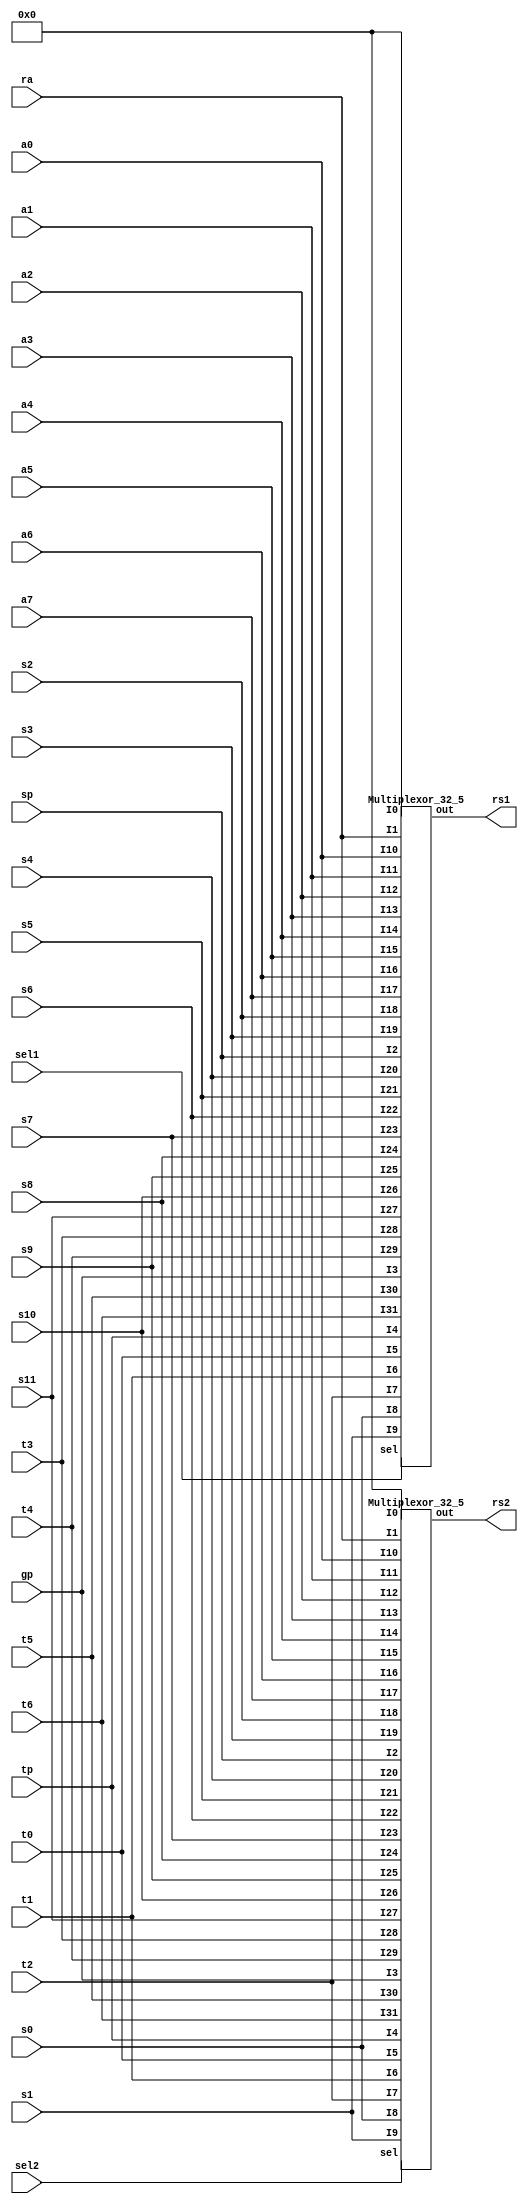
module RegisterRead(ra, sp, gp, tp, t0, t1, t2, s0, s1, a0, a1, a2, a3, a4, a5, a6, a7, s2, s3, s4, s5, s6, s7, s8, s9, s10, s11, t3, t4, t5, t6, sel1, sel2, rs1, rs2); 
  input [31:0] ra, sp, gp, tp, t0, t1, t2, s0, s1, a0, a1, a2, a3, a4, a5, a6, a7, s2, s3, s4, s5, s6, s7, s8, s9, s10, s11, t3, t4, t5, t6;
  input [4:0] sel1, sel2;
  output [31:0] rs1, rs2;
  wire [31:0] zero;
  assign zero = 32'b00000000000000000000000000000000;
  
  Multiplexor_32_5 m325_1(zero, ra, sp, gp, tp, t0, t1, t2, s0, s1, a0, a1, a2, a3, a4, a5, a6, a7, s2, s3, s4, s5, s6, s7, s8, s9, s10, s11, t3, t4, t5, t6, sel1, rs1);
  
  Multiplexor_32_5 m325_2(zero, ra, sp, gp, tp, t0, t1, t2, s0, s1, a0, a1, a2, a3, a4, a5, a6, a7, s2, s3, s4, s5, s6, s7, s8, s9, s10, s11, t3, t4, t5, t6, sel2, rs2);
endmodule

module Multiplexor_32_5(I0, I1, I2, I3, I4, I5, I6, I7, I8, I9, I10, I11, I12, I13, I14, I15, I16, I17, I18, I19, I20, I21, I22, I23, I24, I25, I26, I27, I28, I29, I30, I31, sel, out);
  
  input [31:0] I0, I1, I2, I3, I4, I5, I6, I7, I8, I9, I10, I11, I12, I13, I14, I15, I16, I17, I18, I19, I20, I21, I22, I23, I24, I25, I26, I27, I28, I29, I30, I31;
  input [4:0] sel;
  output [31:0] out;
  Multiplexor_1_5 m15_0(I0[0], I1[0], I2[0], I3[0], I4[0], I5[0], I6[0], I7[0], I8[0], I9[0], I10[0], I11[0], I12[0], I13[0], I14[0], I15[0], I16[0], I17[0], I18[0], I19[0], I20[0], I21[0], I22[0], I23[0], I24[0], I25[0], I26[0], I27[0], I28[0], I29[0], I30[0], I31[0], sel, out[0]);
  Multiplexor_1_5 m15_1(I0[1], I1[1], I2[1], I3[1], I4[1], I5[1], I6[1], I7[1], I8[1], I9[1], I10[1], I11[1], I12[1], I13[1], I14[1], I15[1], I16[1], I17[1], I18[1], I19[1], I20[1], I21[1], I22[1], I23[1], I24[1], I25[1], I26[1], I27[1], I28[1], I29[1], I30[1], I31[1], sel, out[1]);
  Multiplexor_1_5 m15_2(I0[2], I1[2], I2[2], I3[2], I4[2], I5[2], I6[2], I7[2], I8[2], I9[2], I10[2], I11[2], I12[2], I13[2], I14[2], I15[2], I16[2], I17[2], I18[2], I19[2], I20[2], I21[2], I22[2], I23[2], I24[2], I25[2], I26[2], I27[2], I28[2], I29[2], I30[2], I31[2], sel, out[2]);
  Multiplexor_1_5 m15_3(I0[3], I1[3], I2[3], I3[3], I4[3], I5[3], I6[3], I7[3], I8[3], I9[3], I10[3], I11[3], I12[3], I13[3], I14[3], I15[3], I16[3], I17[3], I18[3], I19[3], I20[3], I21[3], I22[3], I23[3], I24[3], I25[3], I26[3], I27[3], I28[3], I29[3], I30[3], I31[3], sel, out[3]);
  Multiplexor_1_5 m15_4(I0[4], I1[4], I2[4], I3[4], I4[4], I5[4], I6[4], I7[4], I8[4], I9[4], I10[4], I11[4], I12[4], I13[4], I14[4], I15[4], I16[4], I17[4], I18[4], I19[4], I20[4], I21[4], I22[4], I23[4], I24[4], I25[4], I26[4], I27[4], I28[4], I29[4], I30[4], I31[4], sel, out[4]);
  Multiplexor_1_5 m15_5(I0[5], I1[5], I2[5], I3[5], I4[5], I5[5], I6[5], I7[5], I8[5], I9[5], I10[5], I11[5], I12[5], I13[5], I14[5], I15[5], I16[5], I17[5], I18[5], I19[5], I20[5], I21[5], I22[5], I23[5], I24[5], I25[5], I26[5], I27[5], I28[5], I29[5], I30[5], I31[5], sel, out[5]);
  Multiplexor_1_5 m15_6(I0[6], I1[6], I2[6], I3[6], I4[6], I5[6], I6[6], I7[6], I8[6], I9[6], I10[6], I11[6], I12[6], I13[6], I14[6], I15[6], I16[6], I17[6], I18[6], I19[6], I20[6], I21[6], I22[6], I23[6], I24[6], I25[6], I26[6], I27[6], I28[6], I29[6], I30[6], I31[6], sel, out[6]);
  Multiplexor_1_5 m15_7(I0[7], I1[7], I2[7], I3[7], I4[7], I5[7], I6[7], I7[7], I8[7], I9[7], I10[7], I11[7], I12[7], I13[7], I14[7], I15[7], I16[7], I17[7], I18[7], I19[7], I20[7], I21[7], I22[7], I23[7], I24[7], I25[7], I26[7], I27[7], I28[7], I29[7], I30[7], I31[7], sel, out[7]);
  Multiplexor_1_5 m15_8(I0[8], I1[8], I2[8], I3[8], I4[8], I5[8], I6[8], I7[8], I8[8], I9[8], I10[8], I11[8], I12[8], I13[8], I14[8], I15[8], I16[8], I17[8], I18[8], I19[8], I20[8], I21[8], I22[8], I23[8], I24[8], I25[8], I26[8], I27[8], I28[8], I29[8], I30[8], I31[8], sel, out[8]);
  Multiplexor_1_5 m15_9(I0[9], I1[9], I2[9], I3[9], I4[9], I5[9], I6[9], I7[9], I8[9], I9[9], I10[9], I11[9], I12[9], I13[9], I14[9], I15[9], I16[9], I17[9], I18[9], I19[9], I20[9], I21[9], I22[9], I23[9], I24[9], I25[9], I26[9], I27[9], I28[9], I29[9], I30[9], I31[9], sel, out[9]);
  Multiplexor_1_5 m15_10(I0[10], I1[10], I2[10], I3[10], I4[10], I5[10], I6[10], I7[10], I8[10], I9[10], I10[10], I11[10], I12[10], I13[10], I14[10], I15[10], I16[10], I17[10], I18[10], I19[10], I20[10], I21[10], I22[10], I23[10], I24[10], I25[10], I26[10], I27[10], I28[10], I29[10], I30[10], I31[10], sel, out[10]);
  Multiplexor_1_5 m15_11(I0[11], I1[11], I2[11], I3[11], I4[11], I5[11], I6[11], I7[11], I8[11], I9[11], I10[11], I11[11], I12[11], I13[11], I14[11], I15[11], I16[11], I17[11], I18[11], I19[11], I20[11], I21[11], I22[11], I23[11], I24[11], I25[11], I26[11], I27[11], I28[11], I29[11], I30[11], I31[11], sel, out[11]);
  Multiplexor_1_5 m15_12(I0[12], I1[12], I2[12], I3[12], I4[12], I5[12], I6[12], I7[12], I8[12], I9[12], I10[12], I11[12], I12[12], I13[12], I14[12], I15[12], I16[12], I17[12], I18[12], I19[12], I20[12], I21[12], I22[12], I23[12], I24[12], I25[12], I26[12], I27[12], I28[12], I29[12], I30[12], I31[12], sel, out[12]);
  Multiplexor_1_5 m15_13(I0[13], I1[13], I2[13], I3[13], I4[13], I5[13], I6[13], I7[13], I8[13], I9[13], I10[13], I11[13], I12[13], I13[13], I14[13], I15[13], I16[13], I17[13], I18[13], I19[13], I20[13], I21[13], I22[13], I23[13], I24[13], I25[13], I26[13], I27[13], I28[13], I29[13], I30[13], I31[13], sel, out[13]);
  Multiplexor_1_5 m15_14(I0[14], I1[14], I2[14], I3[14], I4[14], I5[14], I6[14], I7[14], I8[14], I9[14], I10[14], I11[14], I12[14], I13[14], I14[14], I15[14], I16[14], I17[14], I18[14], I19[14], I20[14], I21[14], I22[14], I23[14], I24[14], I25[14], I26[14], I27[14], I28[14], I29[14], I30[14], I31[14], sel, out[14]);
  Multiplexor_1_5 m15_15(I0[15], I1[15], I2[15], I3[15], I4[15], I5[15], I6[15], I7[15], I8[15], I9[15], I10[15], I11[15], I12[15], I13[15], I14[15], I15[15], I16[15], I17[15], I18[15], I19[15], I20[15], I21[15], I22[15], I23[15], I24[15], I25[15], I26[15], I27[15], I28[15], I29[15], I30[15], I31[15], sel, out[15]);
  Multiplexor_1_5 m15_16(I0[16], I1[16], I2[16], I3[16], I4[16], I5[16], I6[16], I7[16], I8[16], I9[16], I10[16], I11[16], I12[16], I13[16], I14[16], I15[16], I16[16], I17[16], I18[16], I19[16], I20[16], I21[16], I22[16], I23[16], I24[16], I25[16], I26[16], I27[16], I28[16], I29[16], I30[16], I31[16], sel, out[16]);
  Multiplexor_1_5 m15_17(I0[17], I1[17], I2[17], I3[17], I4[17], I5[17], I6[17], I7[17], I8[17], I9[17], I10[17], I11[17], I12[17], I13[17], I14[17], I15[17], I16[17], I17[17], I18[17], I19[17], I20[17], I21[17], I22[17], I23[17], I24[17], I25[17], I26[17], I27[17], I28[17], I29[17], I30[17], I31[17], sel, out[17]);
  Multiplexor_1_5 m15_18(I0[18], I1[18], I2[18], I3[18], I4[18], I5[18], I6[18], I7[18], I8[18], I9[18], I10[18], I11[18], I12[18], I13[18], I14[18], I15[18], I16[18], I17[18], I18[18], I19[18], I20[18], I21[18], I22[18], I23[18], I24[18], I25[18], I26[18], I27[18], I28[18], I29[18], I30[18], I31[18], sel, out[18]);
  Multiplexor_1_5 m15_19(I0[19], I1[19], I2[19], I3[19], I4[19], I5[19], I6[19], I7[19], I8[19], I9[19], I10[19], I11[19], I12[19], I13[19], I14[19], I15[19], I16[19], I17[19], I18[19], I19[19], I20[19], I21[19], I22[19], I23[19], I24[19], I25[19], I26[19], I27[19], I28[19], I29[19], I30[19], I31[19], sel, out[19]);
  Multiplexor_1_5 m15_20(I0[20], I1[20], I2[20], I3[20], I4[20], I5[20], I6[20], I7[20], I8[20], I9[20], I10[20], I11[20], I12[20], I13[20], I14[20], I15[20], I16[20], I17[20], I18[20], I19[20], I20[20], I21[20], I22[20], I23[20], I24[20], I25[20], I26[20], I27[20], I28[20], I29[20], I30[20], I31[20], sel, out[20]);
  Multiplexor_1_5 m15_21(I0[21], I1[21], I2[21], I3[21], I4[21], I5[21], I6[21], I7[21], I8[21], I9[21], I10[21], I11[21], I12[21], I13[21], I14[21], I15[21], I16[21], I17[21], I18[21], I19[21], I20[21], I21[21], I22[21], I23[21], I24[21], I25[21], I26[21], I27[21], I28[21], I29[21], I30[21], I31[21], sel, out[21]);
  Multiplexor_1_5 m15_22(I0[22], I1[22], I2[22], I3[22], I4[22], I5[22], I6[22], I7[22], I8[22], I9[22], I10[22], I11[22], I12[22], I13[22], I14[22], I15[22], I16[22], I17[22], I18[22], I19[22], I20[22], I21[22], I22[22], I23[22], I24[22], I25[22], I26[22], I27[22], I28[22], I29[22], I30[22], I31[22], sel, out[22]);
  Multiplexor_1_5 m15_23(I0[23], I1[23], I2[23], I3[23], I4[23], I5[23], I6[23], I7[23], I8[23], I9[23], I10[23], I11[23], I12[23], I13[23], I14[23], I15[23], I16[23], I17[23], I18[23], I19[23], I20[23], I21[23], I22[23], I23[23], I24[23], I25[23], I26[23], I27[23], I28[23], I29[23], I30[23], I31[23], sel, out[23]);
  Multiplexor_1_5 m15_24(I0[24], I1[24], I2[24], I3[24], I4[24], I5[24], I6[24], I7[24], I8[24], I9[24], I10[24], I11[24], I12[24], I13[24], I14[24], I15[24], I16[24], I17[24], I18[24], I19[24], I20[24], I21[24], I22[24], I23[24], I24[24], I25[24], I26[24], I27[24], I28[24], I29[24], I30[24], I31[24], sel, out[24]);
  Multiplexor_1_5 m15_25(I0[25], I1[25], I2[25], I3[25], I4[25], I5[25], I6[25], I7[25], I8[25], I9[25], I10[25], I11[25], I12[25], I13[25], I14[25], I15[25], I16[25], I17[25], I18[25], I19[25], I20[25], I21[25], I22[25], I23[25], I24[25], I25[25], I26[25], I27[25], I28[25], I29[25], I30[25], I31[25], sel, out[25]);
  Multiplexor_1_5 m15_26(I0[26], I1[26], I2[26], I3[26], I4[26], I5[26], I6[26], I7[26], I8[26], I9[26], I10[26], I11[26], I12[26], I13[26], I14[26], I15[26], I16[26], I17[26], I18[26], I19[26], I20[26], I21[26], I22[26], I23[26], I24[26], I25[26], I26[26], I27[26], I28[26], I29[26], I30[26], I31[26], sel, out[26]);
  Multiplexor_1_5 m15_27(I0[27], I1[27], I2[27], I3[27], I4[27], I5[27], I6[27], I7[27], I8[27], I9[27], I10[27], I11[27], I12[27], I13[27], I14[27], I15[27], I16[27], I17[27], I18[27], I19[27], I20[27], I21[27], I22[27], I23[27], I24[27], I25[27], I26[27], I27[27], I28[27], I29[27], I30[27], I31[27], sel, out[27]);
  Multiplexor_1_5 m15_28(I0[28], I1[28], I2[28], I3[28], I4[28], I5[28], I6[28], I7[28], I8[28], I9[28], I10[28], I11[28], I12[28], I13[28], I14[28], I15[28], I16[28], I17[28], I18[28], I19[28], I20[28], I21[28], I22[28], I23[28], I24[28], I25[28], I26[28], I27[28], I28[28], I29[28], I30[28], I31[28], sel, out[28]);
  Multiplexor_1_5 m15_29(I0[29], I1[29], I2[29], I3[29], I4[29], I5[29], I6[29], I7[29], I8[29], I9[29], I10[29], I11[29], I12[29], I13[29], I14[29], I15[29], I16[29], I17[29], I18[29], I19[29], I20[29], I21[29], I22[29], I23[29], I24[29], I25[29], I26[29], I27[29], I28[29], I29[29], I30[29], I31[29], sel, out[29]);
  Multiplexor_1_5 m15_30(I0[30], I1[30], I2[30], I3[30], I4[30], I5[30], I6[30], I7[30], I8[30], I9[30], I10[30], I11[30], I12[30], I13[30], I14[30], I15[30], I16[30], I17[30], I18[30], I19[30], I20[30], I21[30], I22[30], I23[30], I24[30], I25[30], I26[30], I27[30], I28[30], I29[30], I30[30], I31[30], sel, out[30]);
  Multiplexor_1_5 m15_31(I0[31], I1[31], I2[31], I3[31], I4[31], I5[31], I6[31], I7[31], I8[31], I9[31], I10[31], I11[31], I12[31], I13[31], I14[31], I15[31], I16[31], I17[31], I18[31], I19[31], I20[31], I21[31], I22[31], I23[31], I24[31], I25[31], I26[31], I27[31], I28[31], I29[31], I30[31], I31[31], sel, out[31]);
endmodule


module Multiplexor_1_5(I0, I1, I2, I3, I4, I5, I6, I7, I8, I9, I10, I11, I12, I13, I14, I15, I16, I17, I18, I19, I20, I21, I22, I23, I24, I25, I26, I27, I28, I29, I30, I31, sel, out);
  input I0, I1, I2, I3, I4, I5, I6, I7, I8, I9, I10, I11, I12, I13, I14, I15, I16, I17, I18, I19, I20, I21, I22, I23, I24, I25, I26, I27, I28, I29, I30, I31;
  input [4:0] sel;
  output out;
  wire C0, C1, C2, C3, C4, C5, C6, C7, C8, C9, C10, C11, C12, C13, C14, C15, C16, C17, C18, C19, C20, C21, C22, C23, C24, C25, C26, C27, C28, C29, C30, C31, S0, S1, S2, S3, S4, P0, P1, P2, P3, P4, P5, P6, P7, P8, P9, P10, P11, P12, P13, P14, P15, P16, P17, P18, P19, P20, P21, P22, P23, P24, P25, P26, P27, P28, P29, P30, P31;
  
  // Negaciones
  
  not (S0, sel[0]);
  not (S1, sel[1]);
  not (S2, sel[2]);
  not (S3, sel[3]);
  not (S4, sel[4]);
  
  // Es 0?
  and (C0, S0, S1, S2, S3, S4);
  
  // Es 1?
  and (C1, sel[0], S1, S2, S3, S4);
  
  // Es 2?
  and (C2, S0, sel[1], S2, S3, S4);
  
  // Es 3?
  and (C3, sel[0], sel[1], S2, S3, S4);
  
  // Es 4?
  and (C4, S0, S1, sel[2], S3, S4);
  
  // Es 5?
  and (C5, sel[0], S1, sel[2], S3, S4);
  
  // Es 6?
  and (C6, S0, sel[1], sel[2], S3, S4);
  
  // Es 7?
  and (C7, sel[0], sel[1], sel[2], S3, S4);
  
  // Es 8?
  and (C8, S0, S1, S2, sel[3], S4);
  
  // Es 9?
  and (C9, sel[0], S1, S2, sel[3], S4);
  
  // Es 10?
  and (C10, S0, sel[1], S2, sel[3], S4);
  
  // Es 11?
  and (C11, sel[0], sel[1], S2, sel[3], S4);
  
  // Es 12?
  and (C12, S0, S1, sel[2], sel[3], S4);
  
  // Es 13?
  and (C13, sel[0], S1, sel[2], sel[3], S4);
  
  // Es 14?
  and (C14, S0, sel[1], sel[2], sel[3], S4);
  
  // Es 15?
  and (C15, sel[0], sel[1], sel[2], sel[3], S4);
  
  // Es 16?
  and (C16, S0, S1, S2, S3, sel[4]);
  
  // Es 17?
  and (C17, sel[0], S2, S3, sel[4]);
  
  // Es 18?
  and (C18, S0, sel[1], S2, S3, sel[4]);
 
  and (C19, sel[0], sel[1], S2, S3, sel[4]);
  
  and (C20, S0, S1, sel[2], S3, sel[4]);
  
  and (C21, sel[0], S1, sel[2], S3, sel[4]);
  
  and (C22, S0, sel[1], sel[2], S3, sel[4]);
  
  and (C23, sel[0], sel[1], sel[2], S3, sel[4]);
  
  and (C24, S0, S1, S2, sel[3], sel[4]);
  
  and (C25, sel[0], S1, S2, sel[3], sel[4]);
  
  and (C26, S0, sel[1], S2, sel[3], sel[4]);
  
  and (C27, sel[0], sel[1], S2, sel[3], sel[4]);
  
  and (C28, S0, S1, sel[2], sel[3], sel[4]);
  
  and (C29, sel[0], S1, sel[2], sel[3], sel[4]);
  
  and (C30, S0, sel[1], sel[2], sel[3], sel[4]);
  
  and (C31, sel[0], sel[1], sel[2], sel[3], sel[4]);
  
  // Buscar Bit
  
  and (P0, C0, I0);
  and (P1, C1, I1);
  and (P2, C2, I2);
  and (P3, C3, I3);
  and (P4, C4, I4);
  and (P5, C5, I5);
  and (P6, C6, I6);
  and (P7, C7, I7);
  and (P8, C8, I8);
  and (P9, C9, I9);
  and (P10, C10, I10);
  and (P11, C11, I11);
  and (P12, C12, I12);
  and (P13, C13, I13);
  and (P14, C14, I14);
  and (P15, C15, I15);
  and (P16, C16, I16);
  and (P17, C17, I17);
  and (P18, C18, I18);
  and (P19, C19, I19);
  and (P20, C20, I20);
  and (P21, C21, I21);
  and (P22, C22, I22);
  and (P23, C23, I23);
  and (P24, C24, I24);
  and (P25, C25, I25);
  and (P26, C26, I26);
  and (P27, C27, I27);
  and (P28, C28, I28);
  and (P29, C29, I29);
  and (P30, C30, I30);
  and (P31, C31, I31);
  
  or(out, P0, P1, P2, P3, P4, P5, P6, P7, P8, P9, P10, P11, P12, P13, P14, P15, P16, P17, P18, P19, P20, P21, P22, P23, P24, P25, P26, P27, P28, P29, P30, P31);
endmodule